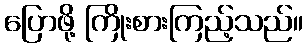
ပြောဖို့ ကြိုးစားကြည့်သည်။